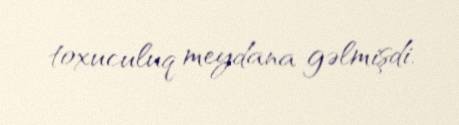
toxuculuq meydana gəlmişdi.